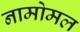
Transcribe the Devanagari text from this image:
नामोमल